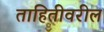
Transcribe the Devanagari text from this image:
ताहितीवरील